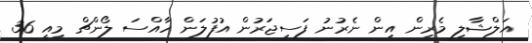
އަލްޝާލި މެރިން އިން ނެރުނު ފަސިޖަރުން އުފުލަން ހާއްސަ ލޯންޗް މިއީ 36